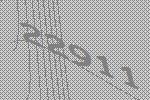
22911